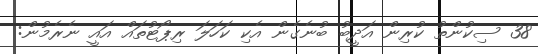
38 ސިކުންތު ކުރިން އަދީބު ބުނެގެން އެކި ކަހަލަ ރިޕޯޓުތައް އައީ ނެރެމުން: